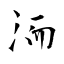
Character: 洏